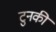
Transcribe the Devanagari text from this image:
टुनकी